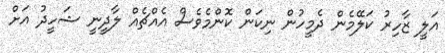
އަލީ ޒާހިރު ކަލޭމެން ދެމީހުން ނިކަން ކޮންމެވެސް އެއްޗެއް ލާދީނީ ޝަހީދު އަށް